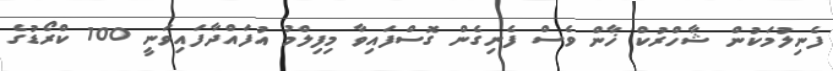
ފެނިލުމަކުން ޝާހްރުކް ޚާން ވެސް ފެނިގެން ގޮސްފައިވާ މިފިލްމު އުފައްދާފައިވަނީ 100 ކްރޯޑުގެ